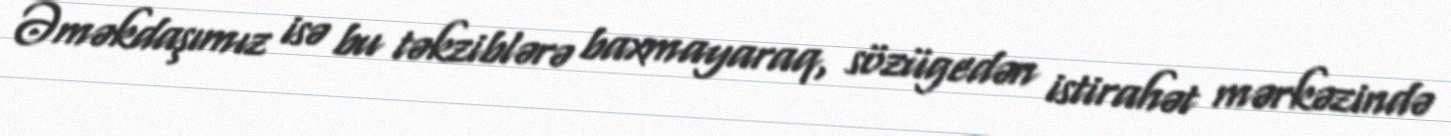
Əməkdaşımız isə bu təkziblərə baxmayaraq, sözügedən istirahət mərkəzində